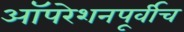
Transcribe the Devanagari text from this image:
ऑपरेशनपूर्वीच